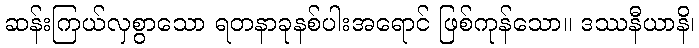
ဆန်းကြယ်လှစွာသော ရတနာခုနစ်ပါးအရောင် ဖြစ်ကုန်သော။ ဒဿနီယာနိ၊